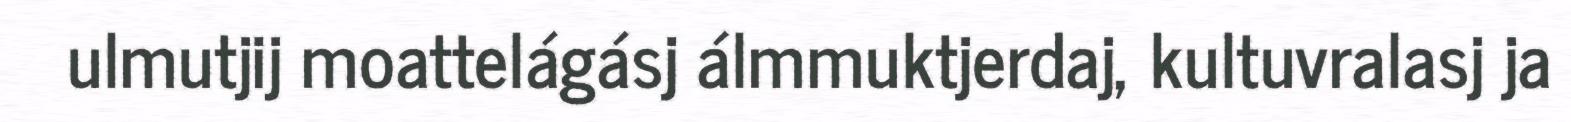
ulmutjij moattelágásj álmmuktjerdaj, kultuvralasj ja